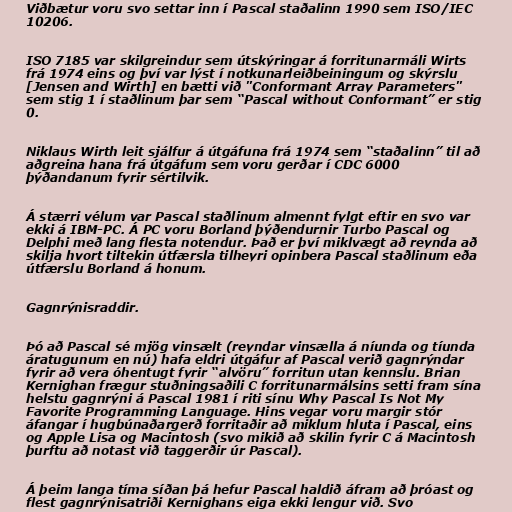
Viðbætur voru svo settar inn í Pascal staðalinn 1990 sem ISO/IEC
10206.

ISO 7185 var skilgreindur sem útskýringar á forritunarmáli Wirts
frá 1974 eins og því var lýst í notkunarleiðbeiningum og skýrslu
[Jensen and Wirth] en bætti við "Conformant Array Parameters"
sem stig 1 í staðlinum þar sem “Pascal without Conformant” er stig
0.

Niklaus Wirth leit sjálfur á útgáfuna frá 1974 sem “staðalinn” til að
aðgreina hana frá útgáfum sem voru gerðar í CDC 6000
þýðandanum fyrir sértilvik.

Á stærri vélum var Pascal staðlinum almennt fylgt eftir en svo var
ekki á IBM-PC. Á PC voru Borland þýðendurnir Turbo Pascal og
Delphi með lang flesta notendur. Það er því miklvægt að reynda að
skilja hvort tiltekin útfærsla tilheyri opinbera Pascal staðlinum eða
útfærslu Borland á honum.

Gagnrýnisraddir.

Þó að Pascal sé mjög vinsælt (reyndar vinsælla á níunda og tíunda
áratugunum en nú) hafa eldri útgáfur af Pascal verið gagnrýndar
fyrir að vera óhentugt fyrir “alvöru” forritun utan kennslu. Brian
Kernighan frægur stuðningsaðili C forritunarmálsins setti fram sína
helstu gagnrýni á Pascal 1981 í riti sínu Why Pascal Is Not My
Favorite Programming Language. Hins vegar voru margir stór
áfangar í hugbúnaðargerð forritaðir að miklum hluta í Pascal, eins
og Apple Lisa og Macintosh (svo mikið að skilin fyrir C á Macintosh
þurftu að notast við taggerðir úr Pascal).

Á þeim langa tíma síðan þá hefur Pascal haldið áfram að þróast og
flest gagnrýnisatriði Kernighans eiga ekki lengur við. Svo